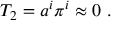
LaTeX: T _ { 2 } = a ^ { i } \pi ^ { i } \approx 0 \, \, .